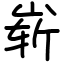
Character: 崭